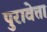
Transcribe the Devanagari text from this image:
पुरावेत्ता